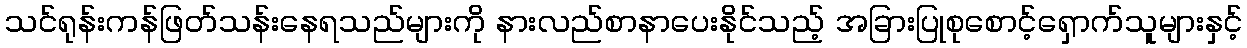
သင်ရုန်းကန်ဖြတ်သန်းနေရသည်များကို နားလည်စာနာပေးနိုင်သည့် အခြားပြုစုစောင့်ရှောက်သူများနှင့်